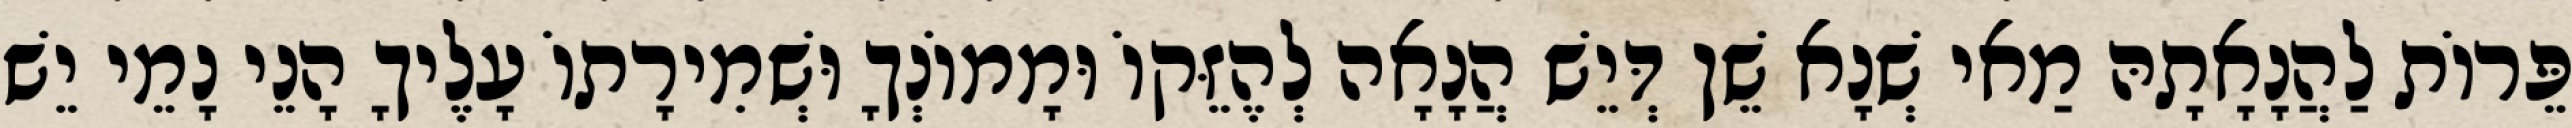
פֵּרוֹת לַהֲנָאָתָהּ מַאי שְׁנָא שֵׁן דְּיֵשׁ הֲנָאָה לְהֶזֵּקוֹ וּמָמוֹנְךָ וּשְׁמִירָתוֹ עָלֶיךָ הָנֵי נָמֵי יֵשׁ